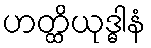
ဟတ္ထိယုဒ္ဓါနံ